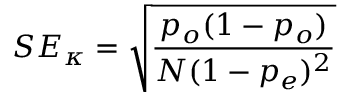
S E _ { \kappa } = { \sqrt { \frac { p _ { o } ( 1 - p _ { o } ) } { N ( 1 - p _ { e } ) ^ { 2 } } } }